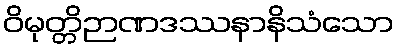
ဝိမုတ္တိဉာဏဒဿနာနိသံသော